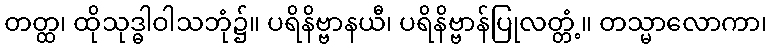
တတ္ထ၊ ထိုသုဒ္ဓါဝါသဘုံ၌။ ပရိနိဗ္ဗာနယီ၊ ပရိနိဗ္ဗာန်ပြုလတ္တံ့။ တသ္မာလောကာ၊